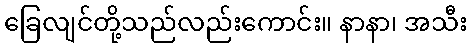
ခြေလျင်တို့သည်လည်းကောင်း။ နာနာ၊ အသီး